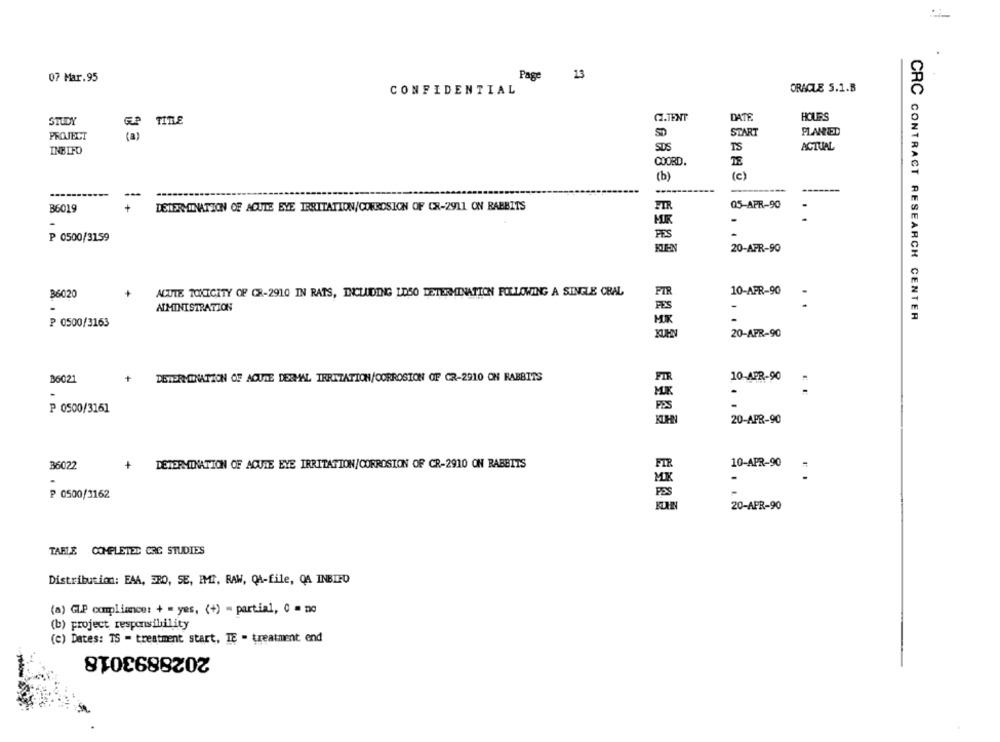
13
07 Mar.95
Page
ORACLE 5.1.B
CONFIDENTIAL
C.TENT
DATE
HOURS
STUDY
EP
TITLE
SD
START
PLANNED
PROJECT
( a )
SDS
TS
ACTUAL
INBIFO
COORD.
(b)
(c)
-------
B6019
DETERMINATION OF ACUTE EYE IRRITATION/CORROSION OF CR-2911 ON RABBITS
FIR
05-APR-90
MK
.
..
P 0500/3159
PES
KEN
20-APR-90
36020
ACUTE TOXICITY OF CR-2910 IN RATS, INCLUDING LOSO DETERMINATION FOLLOWING A SINGLE CRAL
FIR
10-APR-90
ADMINISTRATION
FES
MIK
CRC CONTRACT RESEARCH CENTER
P 0500/3163
20-APR-90
36021
+
DETERMINATION OF ACUTE DERMAL IRRITATION/CORROSION OF CR-2910 ON RABBITS
FIR
10-APR-90
.
PES
P 0500/3161
20-APR-90
B6022
+
DETERMINATION OF ACUTE EYE IRRITATION/CORROSION OF CR-2910 ON RABBITS
FIR
10-APR-90
MK
-
-
₱ 0500/3162
PES
20-APR-90
TABLE COMPLETED CRC STUDIES
Distribution: EAA, ERO, SE, IMI, RAW, QA-file, QA INBIED
(a) GL.P compliance: + = yes, (+) = partial, 0 = no
(b) project responsibility
(C) Dates: 15 - treatment start, IE - treatment end
2028893018